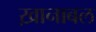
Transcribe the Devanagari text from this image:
ख़ानाबल